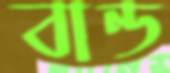
বান্ড